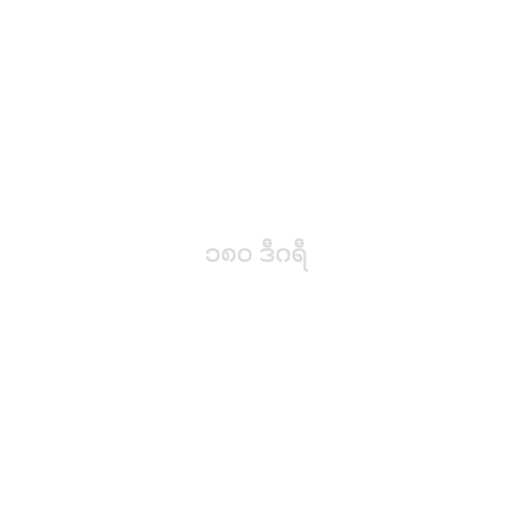
၁၈၀ ဒီဂရီ